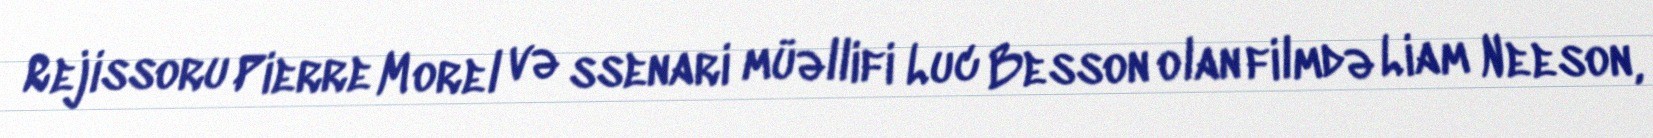
Rejissoru Pierre Morel və ssenari müəllifi Luc Besson olan filmdə Liam Neeson,